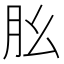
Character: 𦘷